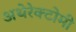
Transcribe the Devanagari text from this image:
अथेरेक्टोमी